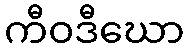
ကီဝဒီဃော